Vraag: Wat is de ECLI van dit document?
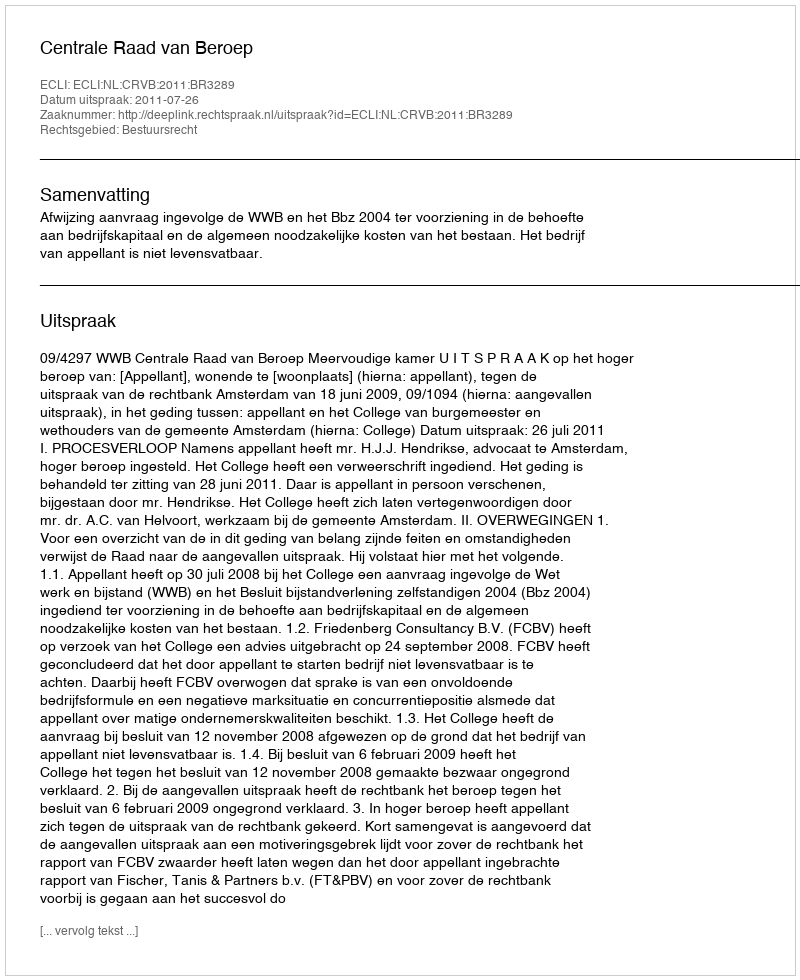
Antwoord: ECLI:NL:CRVB:2011:BR3289